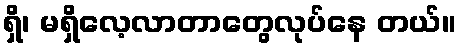
ရှိ၊ မရှိလေ့လာတာတွေလုပ်နေ တယ်။